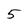
Character: 5